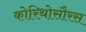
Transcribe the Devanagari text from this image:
कोरिथोसौरस